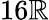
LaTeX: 16\mathbb{R}